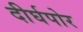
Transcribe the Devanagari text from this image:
दीर्घपोर